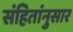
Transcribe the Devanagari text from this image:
संहितांनुसार